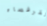
القرفصاء